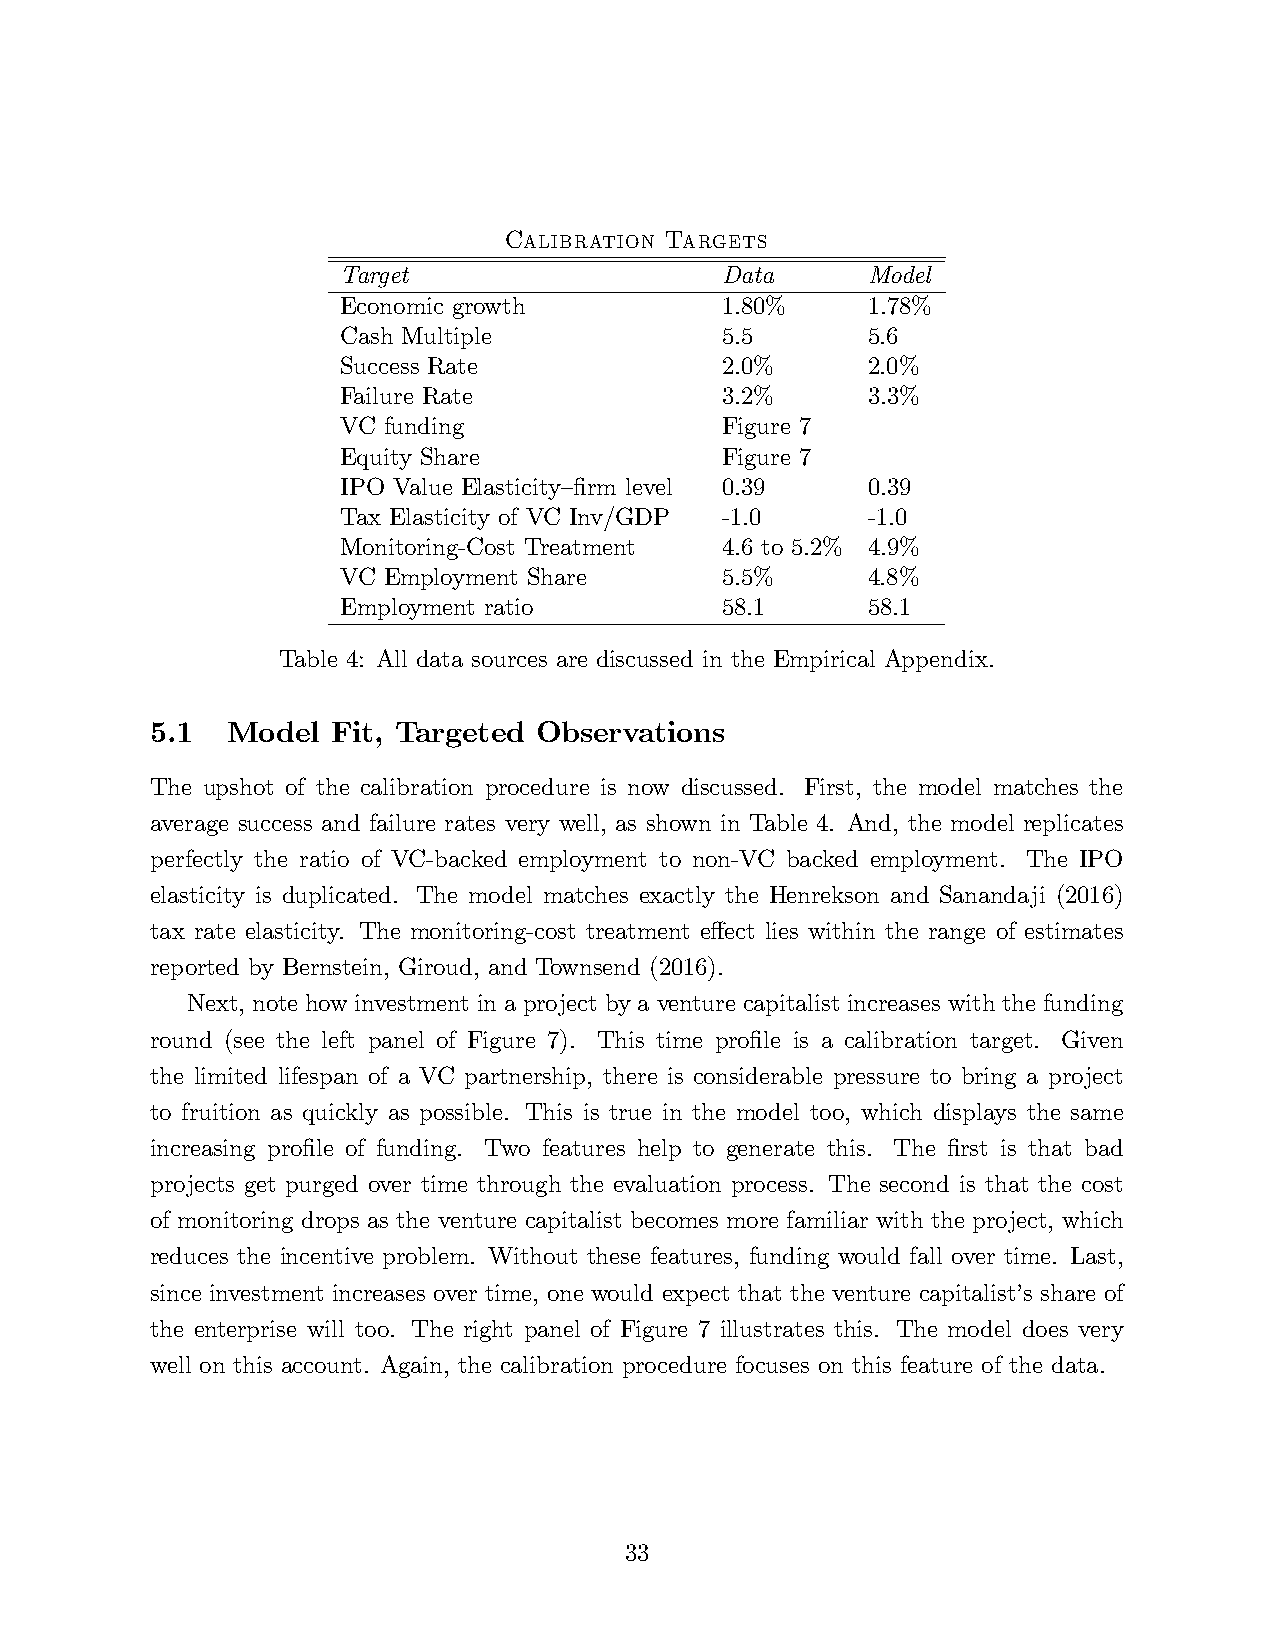
Calibration Targets
 Target                   Data     Model
 Economic growth          1.80%    1.78%
 Cash Multiple            5.5      5.6
 Success Rate             2.0%     2.0%
 Failure Rate             3.2%     3.3%
 VC funding               Figure 7
 Equity Share             Figure 7
 IPO Value Elasticity—firm level 0.39 0.39
 Tax Elasticity of VC Inv/GDP -1.0 -1.0
 Monitoring-Cost Treatment 4.6 to 5.2% 4.9%
 VC Employment Share      5.5%     4.8%
 Employment ratio         58.1     58.1
 Table 4: All data sources are discussed in the Empirical Appendix.
 5.1  Model  Fit, Targeted Observations
 The upshot of the calibration procedure is now discussed. First, the model matches the
 average success and failure rates very well, as shown in Table 4. And, the model replicates
 perfectly the ratio of VC-backed employment to non-VC backed employment. The IPO
 elasticity is duplicated. The model matches exactly the Henrekson and Sanandaji (2016)
 tax rate elasticity. The monitoring-cost treatment effect lies within the range of estimates
 reported by Bernstein, Giroud, and Townsend (2016).
 Next, note how investment in a project by a venture capitalist increases with the funding
 round (see the left panel of Figure 7). This time profile is a calibration target. Given
 the limited lifespan of a VC partnership, there is considerable pressure to bring a project
 to fruition as quickly as possible. This is true in the model too, which displays the same
 increasing profile of funding. Two features help to generate this. The first is that bad
 projects get purged over time through the evaluation process. The second is that the cost
 of monitoring drops as the venture capitalist becomes more familiar with the project, which
 reduces the incentive problem. Without these features, funding would fall over time. Last,
 since investment increases over time, one would expect that the venture capitalist’s share of
 the enterprise will too. The right panel of Figure 7 illustrates this. The model does very
 well on this account. Again, the calibration procedure focuses on this feature of the data.
 33